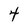
Character: 4